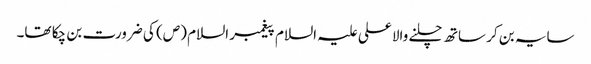
سایہ بن کر ساتھ چلنے والا علی علیہ السلام پیغمبر السلام (ص) کی ضرورت بن چکا تھا۔